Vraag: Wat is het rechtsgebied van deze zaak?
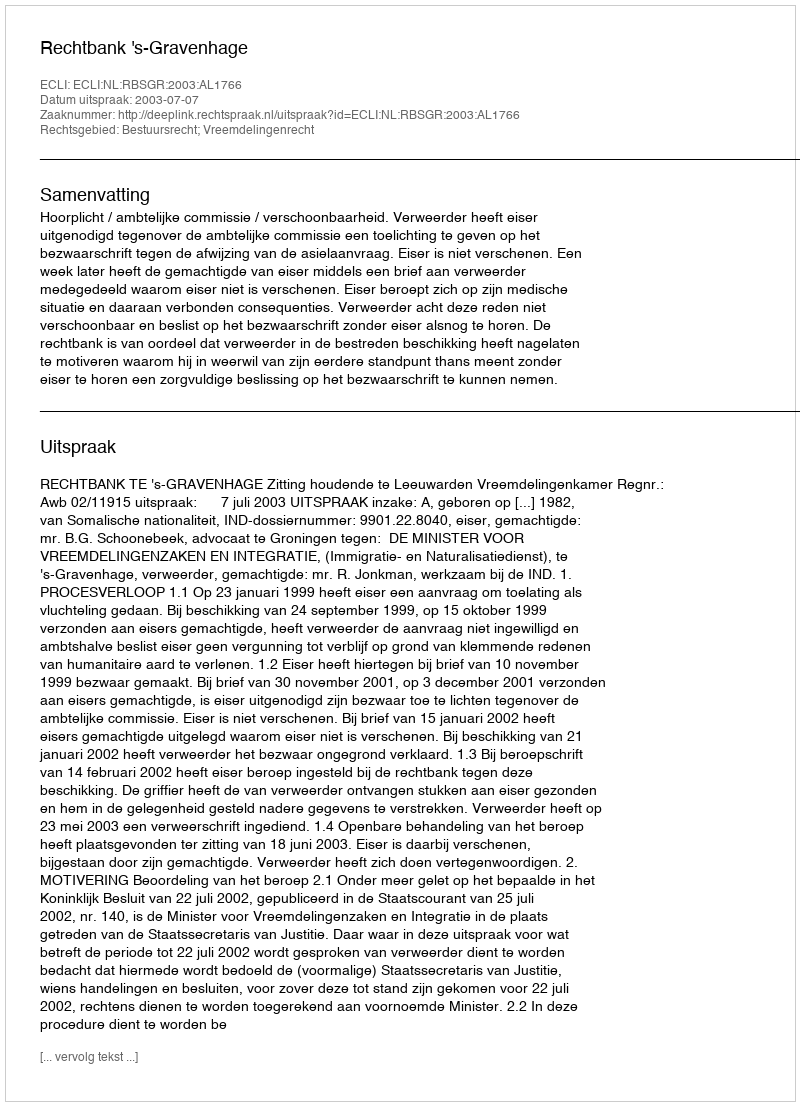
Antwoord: Bestuursrecht; Vreemdelingenrecht